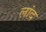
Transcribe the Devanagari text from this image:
लांद